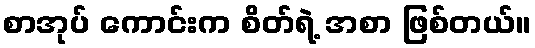
စာအုပ် ကောင်းက စိတ်ရဲ့ အစာ ဖြစ်တယ်။